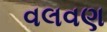
વલવણ